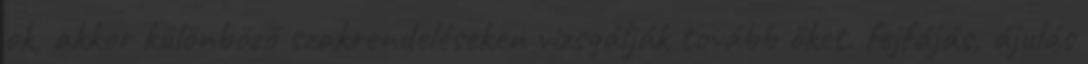
ok, akkor különböző szakrendeléseken vizsgálják tovább őket. fejfájás, ájulás